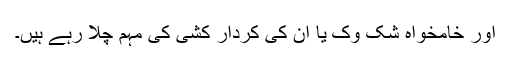
اور خامخواہ شک وک یا ان کی کردار کشی کی مہم چلا رہے ہیں۔